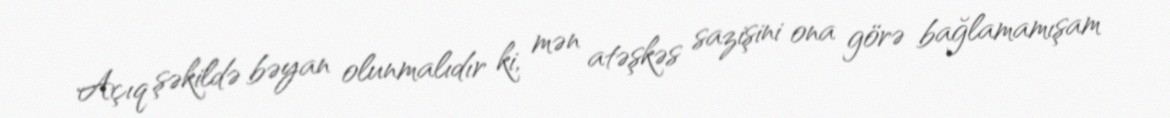
Açıq şəkildə bəyan olunmalıdır ki, mən atəşkəs sazişini ona görə bağlamamışam